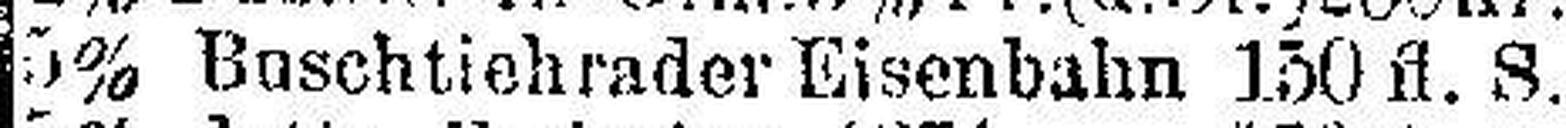
5% Buschtiehrader Eisenbahn 150 fl. S.